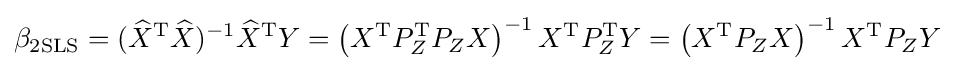
\beta _{\text{2SLS}}=({\widehat {X}}^{\mathrm {T} }{\widehat {X}})^{-1}{\widehat {X}}^{\mathrm {T} }Y=\left(X^{\mathrm {T} }P_{Z}^{\mathrm {T} }P_{Z}X\right)^{-1}X^{\mathrm {T} }P_{Z}^{\mathrm {T} }Y=\left(X^{\mathrm {T} }P_{Z}X\right)^{-1}X^{\mathrm {T} }P_{Z}Y